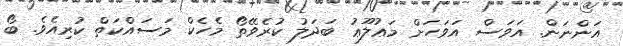
އަންނަން. އަވަސް އަވަހަށް މަޢުލޫޢު ބަދަލު ކުރެވޭތޯ މެހެކް މަސައްކަތް ކުރިއެވެ. ބޯ